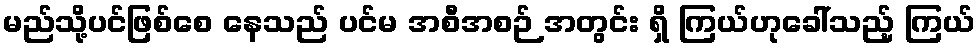
မည်သို့ပင်ဖြစ်စေ နေသည် ပင်မ အစီအစဉ် အတွင်း ရှိ ကြယ်ဟုခေါ်သည့် ကြယ်